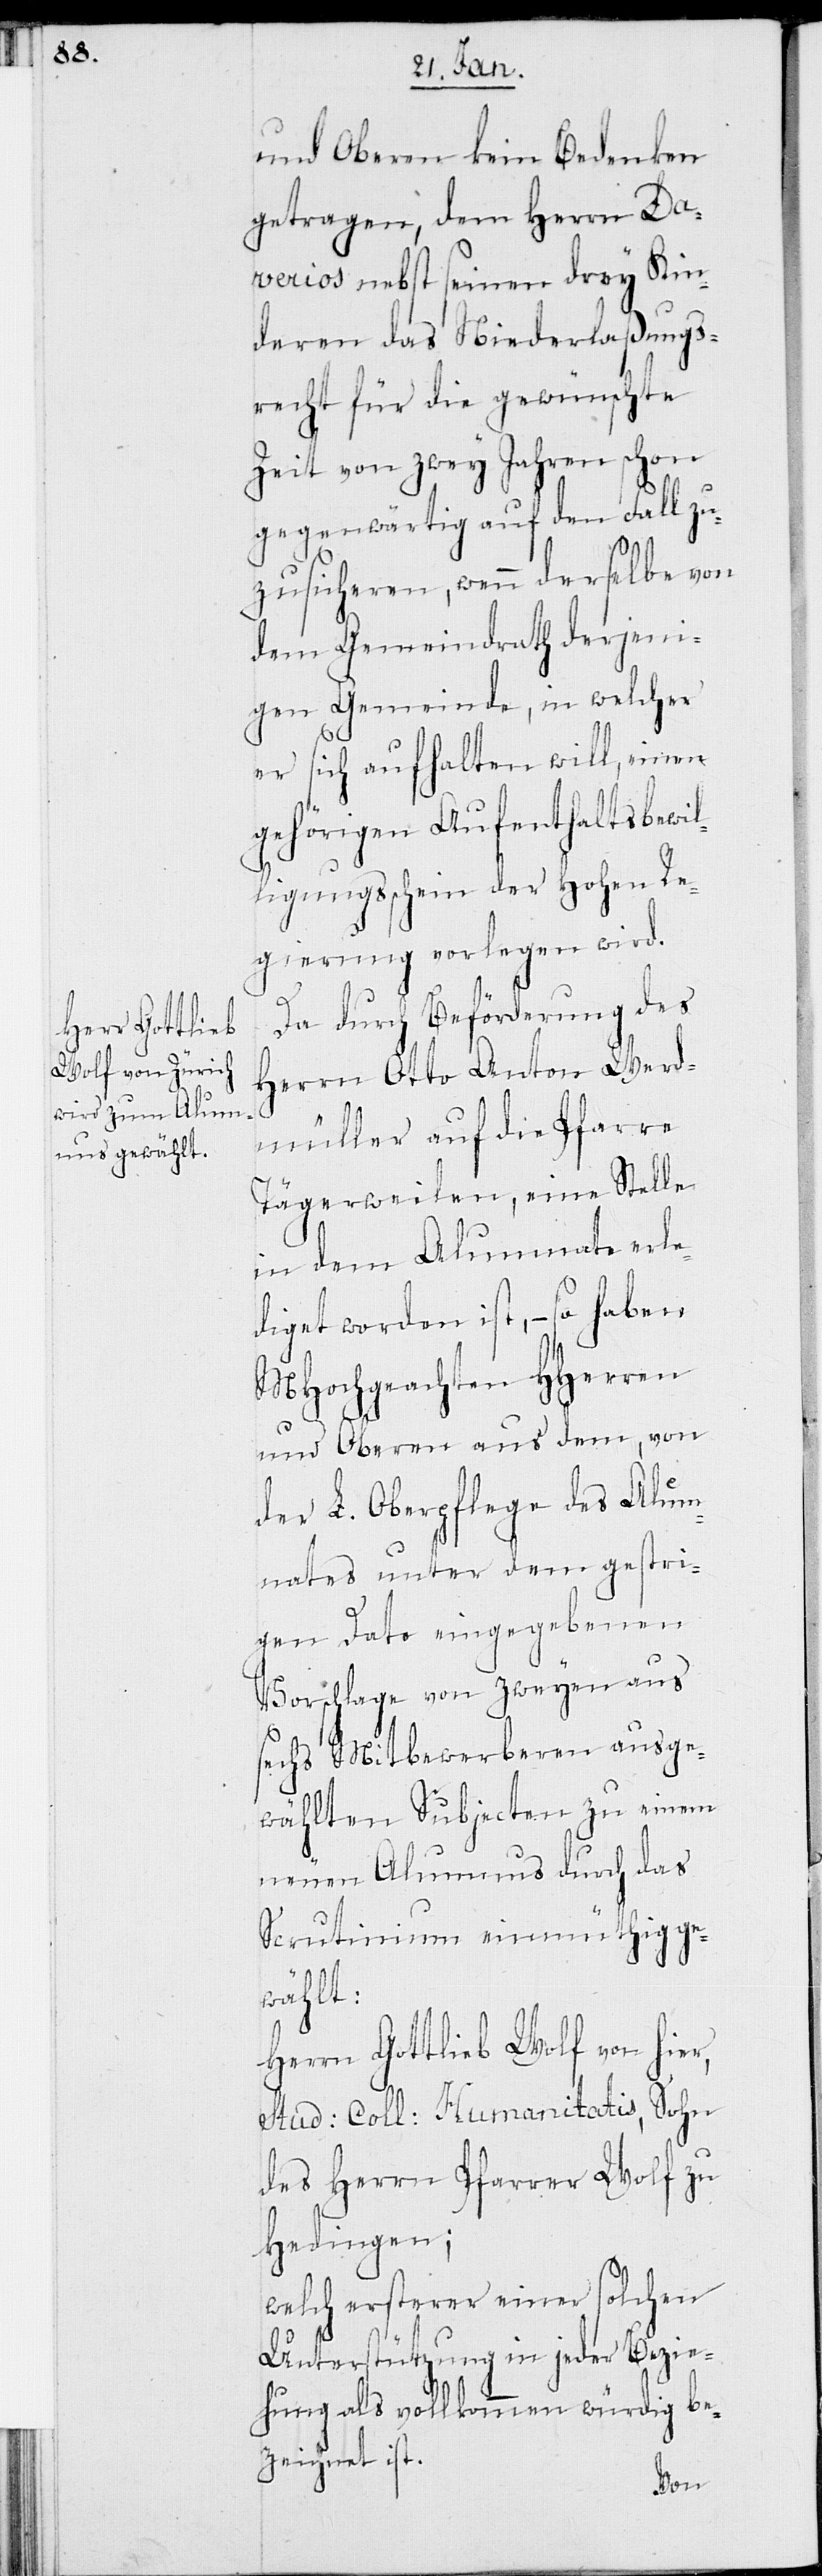
und Oberen kein Bedenken
getragen, dem Herrn Da¬
verios nebst seinen drey Kin¬
deren das Niederlaßungs¬
recht für die gewünschte
Zeit von zwey Jahren schon
gegenwärtig auf den Fall zu¬
zusicheren, wenn derselbe von
dem Gemeindrath derjeni¬
gen Gemeinde, in welcher
er sich aufhalten will, einen
gehörigen Aufenthaltsbewil¬
ligungsschein der Hohen Re¬
gierung vorlegen wird.
Da durch Beförderung des
Herrn Otto Anton Werd¬
müller auf die Pfarre
Tägerweilen, eine Stelle
in dem Alumnate erle¬
diget worden ist, – so haben
MHochgeachten HHerren
und Oberen aus dem, von
der L. Oberpflege des Alum¬
nates unter dem gestri¬
gen Dato eingegebenen
Vorschlage von zweyen aus
sechs Mitbewerberen ausge¬
wählten Subjecten zu einem
neuen Alumnus durch das
Scrutinium einmüthig ge¬
wählt:
Herrn Gottlieb Wolf von hier,
Stud: Coll: Humanitatis, Sohn
des Herrn Pfarrer Wolf zu
Hedingen;
welch ersterer einer solchen
Unterstützung in jeder Bezie¬
hung als vollkommen würdig be¬
zeichnet ist.